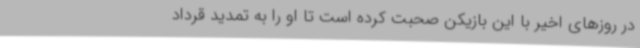
در روزهای اخیر با این بازیکن صحبت کرده است تا او را به تمدید قرداد